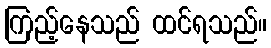
ကြည့်နေသည် ထင်ရသည်။